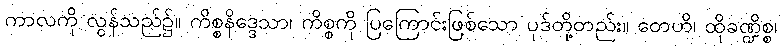
ကာလကို လွန်သည်၌။ ကိစ္စနိဒ္ဒေသာ၊ ကိစ္စကို ပြကြောင်းဖြစ်သော ပုဒ်တို့တည်း။ တေဟိ၊ ထိုခဏ္ဍိစ္စ၊